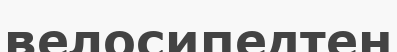
велосипедтен